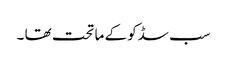
سب سڈکو کے ما تحت تھا ۔